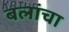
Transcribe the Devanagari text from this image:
बलांचा